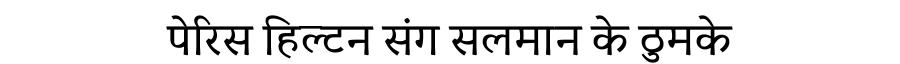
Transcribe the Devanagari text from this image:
पेरिस हिल्टन संग सलमान के ठुमके